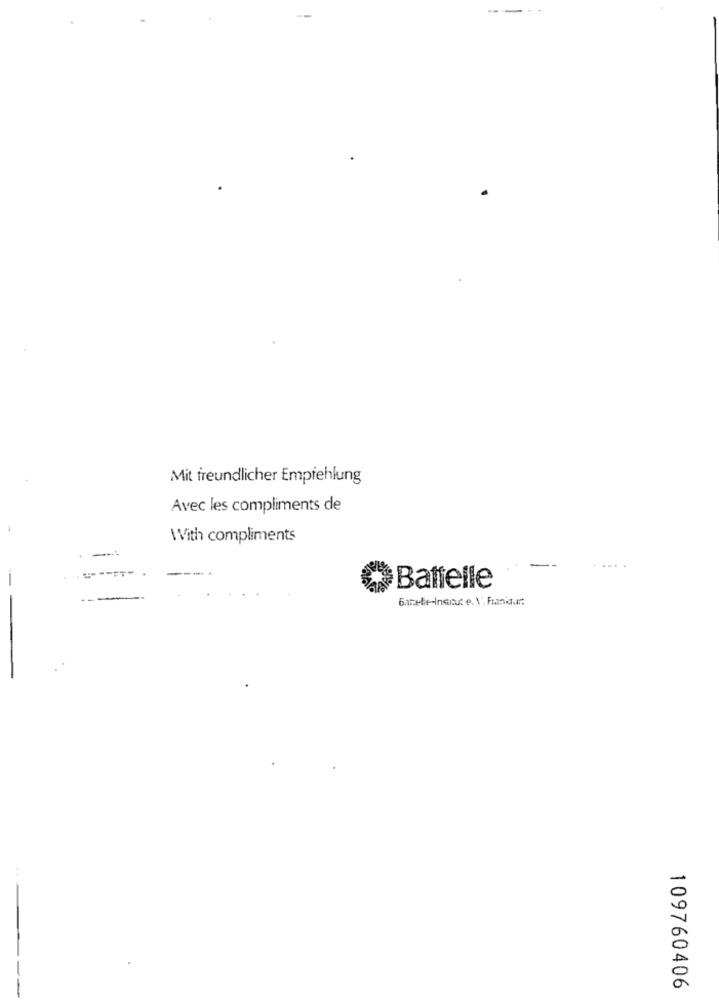
Mit freundlicher Empfehlung
Avec les compliments de
With compliments
Battelle
6amelie-Institut e. V. Frankdir.
109760406